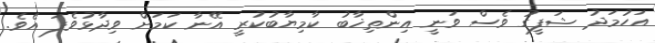
އަހުމަދު ޝަފީގު ވެސް ވަނީ އިންތިޚާބު ކާމިޔާބުކުރީ އޭނާ ކަމަށް ވިދާޅުވެފަ އެވެ.